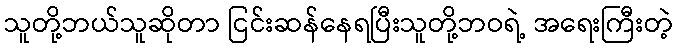
သူတို့ဘယ်သူဆိုတာ ငြင်းဆန်နေရပြီးသူတို့ဘဝရဲ့ အရေးကြီးတဲ့